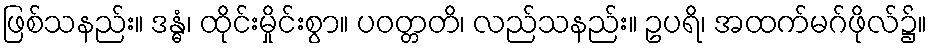
ဖြစ်သနည်း။ ဒန္ဓံ၊ ထိုင်းမှိုင်းစွာ။ ပဝတ္တတိ၊ လည်သနည်း။ ဥပရိ၊ အထက်မဂ်ဖိုလ်၌။